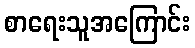
စာရေးသူအကြောင်း